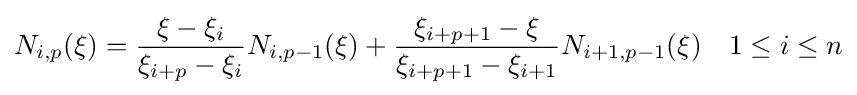
N_{i,p}(\xi )={\frac {\xi -\xi _{i}}{\xi _{i+p}-\xi _{i}}}N_{i,p-1}(\xi )+{\frac {\xi _{i+p+1}-\xi }{\xi _{i+p+1}-\xi _{i+1}}}N_{i+1,p-1}(\xi )\quad 1\leq i\leq n